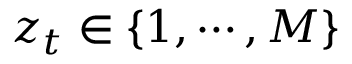
z _ { t } \in \{ 1 , \cdots , M \}